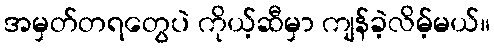
အမှတ်တရတွေပဲ ကိုယ့်ဆီမှာ ကျန်ခဲ့လိမ့်မယ်။